Tartu_Kolgata_baptistikogudus, lk 10
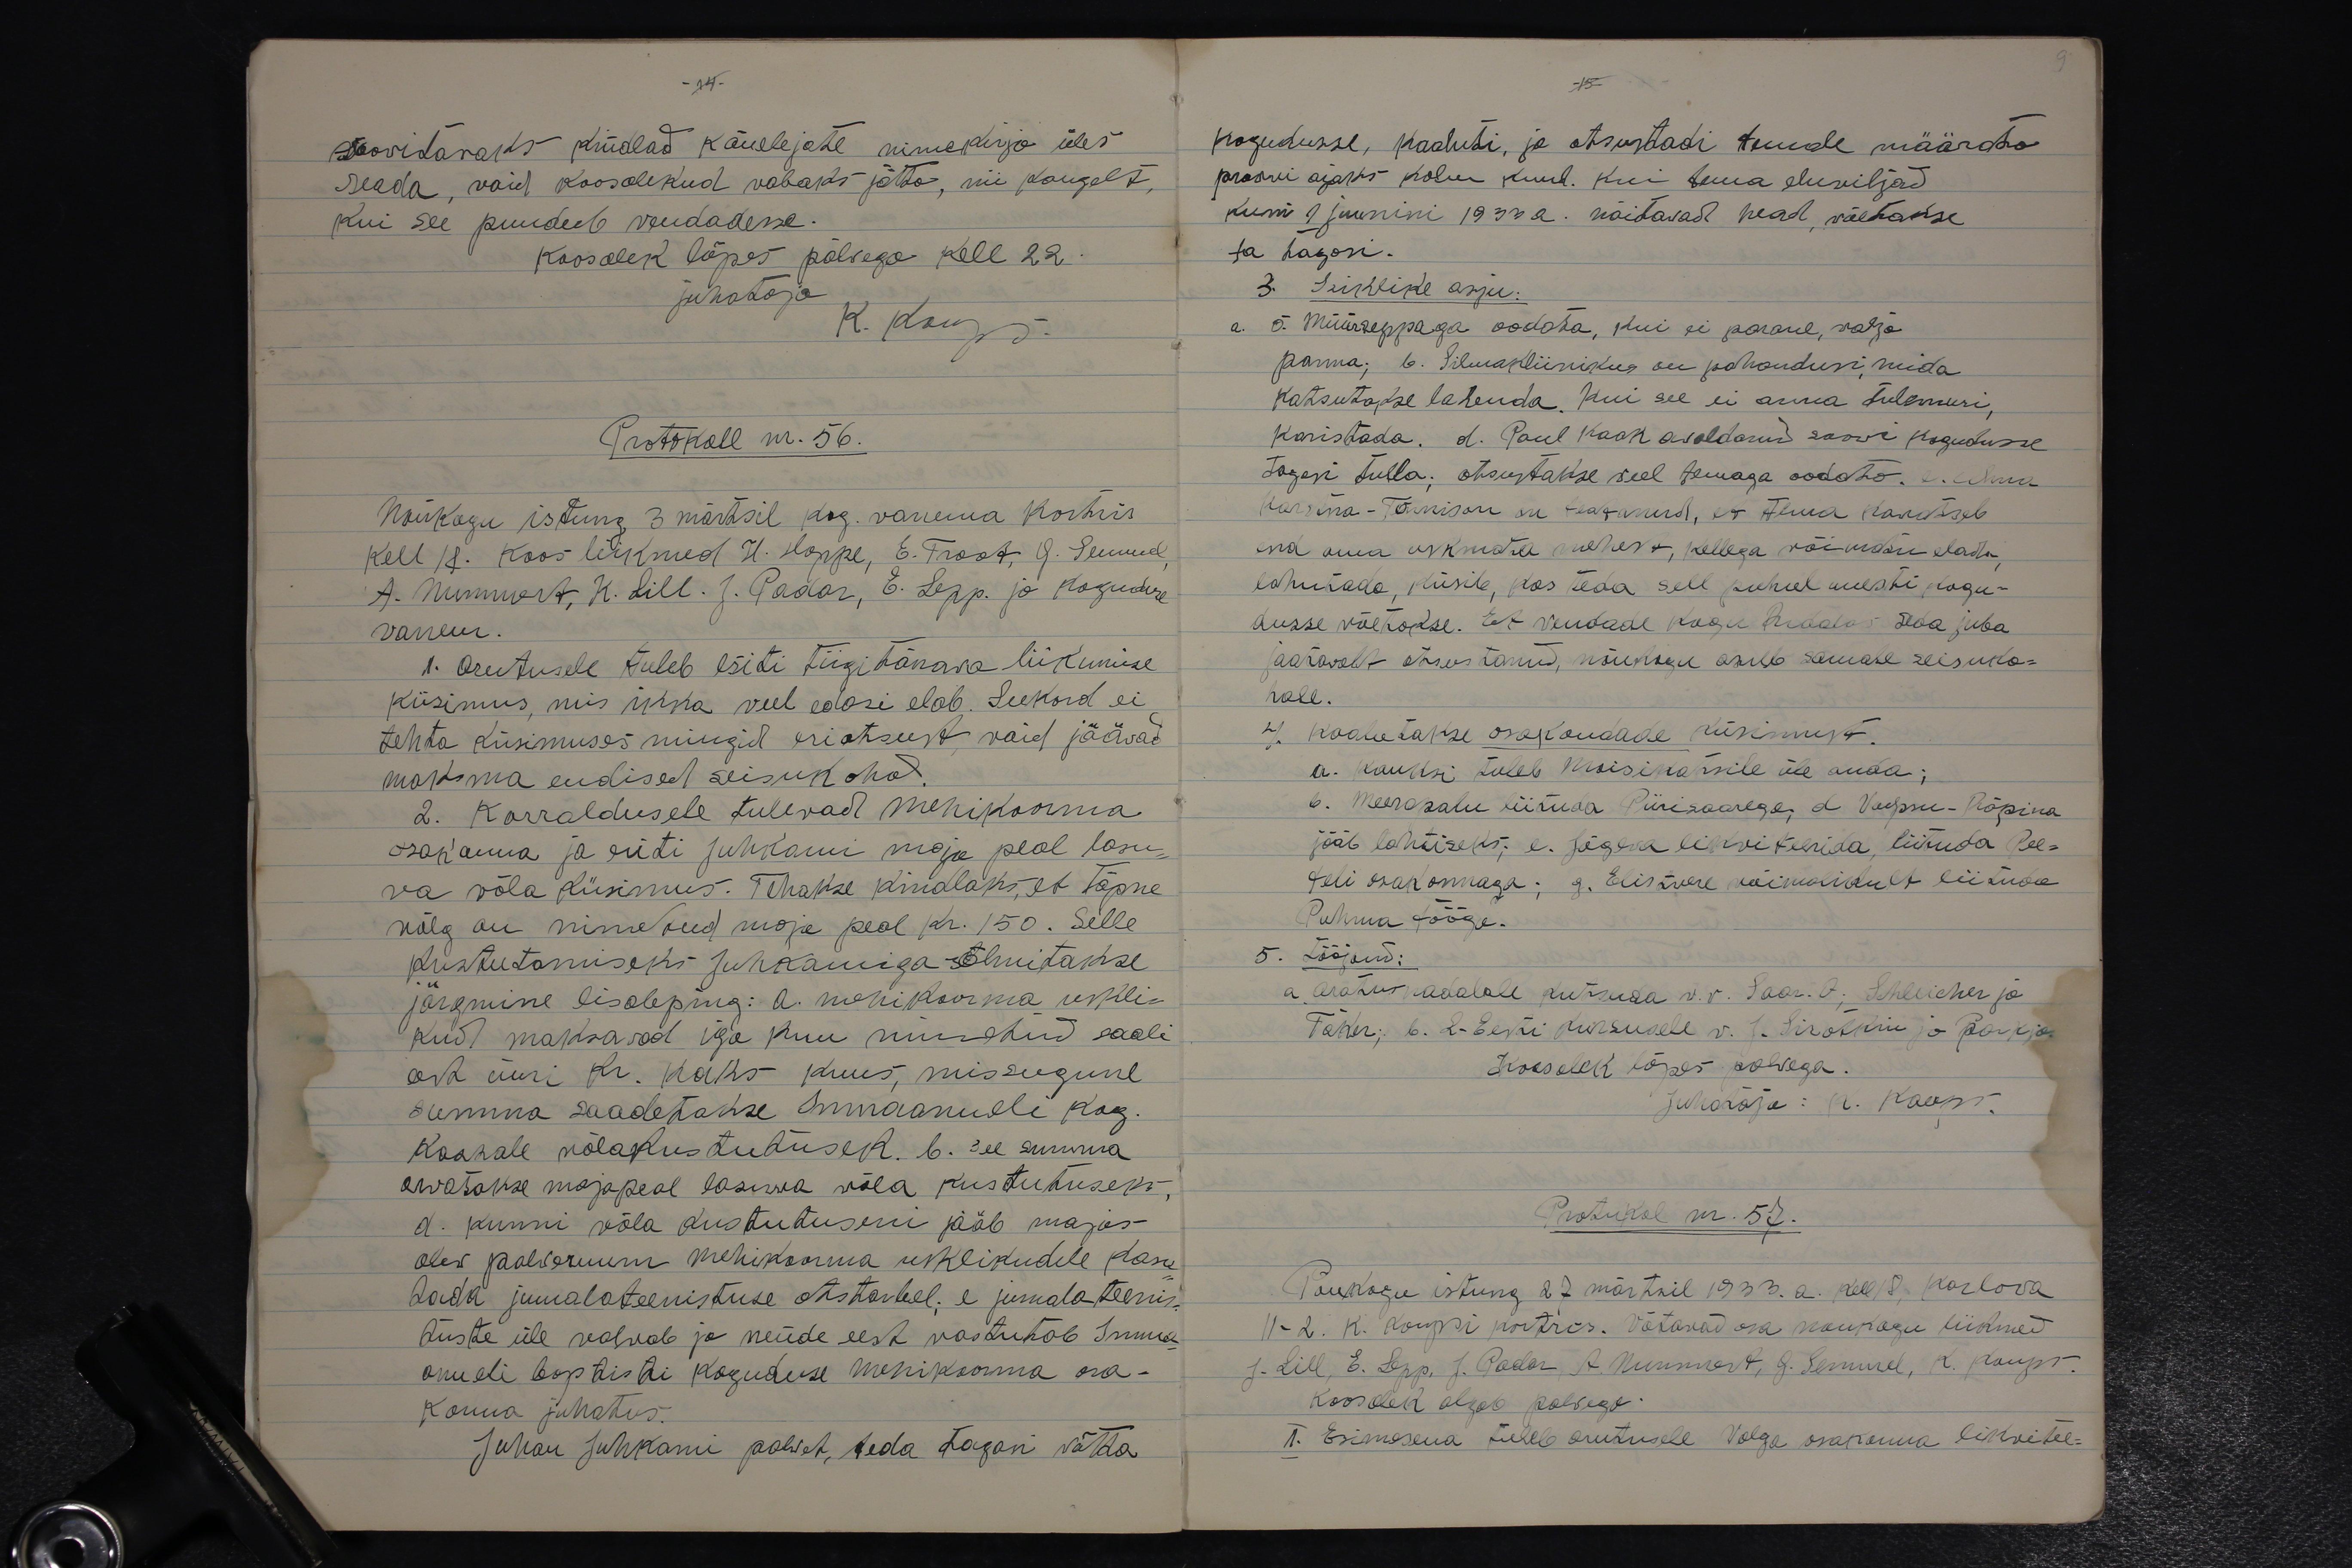
-14-

-15-

soovitavaks kindlad kõnelejate nimekirja üles
seada, vaid koosolekud vabaks jätta, nii kaugelt,
kui see puudub vendadesse.
koosolek lõpes palvega kell 22.
juhataja
K. koups.
Protokoll nr. 56.
Nõukogu istung 3 märtsil kog. vanema kortris
kell 18. Koos liikmed H. Hoppe, E. Traat, G. Semmel,
A. Nummert, K. Lill. J. Padar, E. Lepp. ja koguduse
vanem.
1. Arutusele tuleb esiti Tiigi tänava liikumise
küsimus, mis ikka veel edasi elab. Seekord ei
tehta küsimuses mingid eriotsust vaid jäävad
maksma endised seisukohad.
2. Korraldusele tulevad Mehikoorma
osakonna ja eriti Juhkami maja peal lasu-
va võla küsimus. Tehakse kindlaks, et täpne
võlg on nimetud maja peal Kr. 150. Selle
kustutamiseks Juhkamiga sõlmitakse
järgmine lisaleping: A. Mehikoorma uskli-
kud maksavad iga kuu nimetud saali
eest üüri Kr. kaks kuus, missugune
summa saadetakse Immaanueli kog.
kassale võlakustutusek. b. see summa
arvatakse majapeal lasuwa võla kustutuseks.
d. kunni võla kustutuseni jääb majas
olev palveruum mehikoorma usklikudele kasu-
tada jumalateenistuse otstarbel; e jumalateenis-
tuste üle valvab ja nende eest vastutab Imma
anueli baptisti koguduse Mehikoorma osa-
konna juhatus.
Juhan Juhkami palwet, teda tagasi võtta

kogudusse, kaaluti, ja otsustadi temale määrata
proovi ajaks kolm kuud. Kui tema eluviljad
kuni 9 juunini 1933 a. näitawad head, võetakse
ta tagasi.
3. Isiklike asju:
a. Õ. Müürseppaga oodata, kui ei parane, välja
panna, b. Silmakliinikus on pahandusi, mida
katsutakse lahenda. Kui see ei anna tulemusi,
karistada. d. Paul Kaak avaldanud soovi kogudusse
tagasi tulla; otsustakse weel temaga oodata. e. Alma
Karsta-Tõnnisson on teatanud, et tema kawatseb
end oma uskmata mehest, kellega võimata elada,
lahutada, küsib, kas teda sell puhul uuesti kogu-
dusse võetakse. Et vendade Kogu Ridalas seda juba
jaatavalt otsustanud, nõukogu asub samale seisuko-
hale.
4. kaalutakse osakondade küsimust.
a. Kauksi tuleb Moisikatsile üle anda;
b. Meerapalu liituda Piirisaarega, d Vaepse-Räpina
jääb lahtiseks, e. Jõgeva likviteerida, liituda Pee-
teli osakonnaga; g. Elistvere võimalikult liituda
Puhma töögo.
5. Tööjaud:
a äratus nädalale kutsuda v. v. Saar. A; Schleicher ja
Taker, b. L. Eesti kursusele v. J. Sirotkin ja Parkja
Koosolek lõpes palvega.
Juhataja: K. Kaups
Protokol nr. 57.
Nõukogu istung 27 märtsil 1933. a. kell 8. Karlova
11-2. K. Kaupsi kortris. Võtavad osa nõukogu liikmed
J. Lill, E. Lepp, J. Padar, A. Nummert, G. Semmel, K. Kaups.
Koosolek algab palvega.
1. Esimesena tuleb arutusele Valga osakonna likvitee-